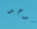
يوجد